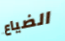
الضياع